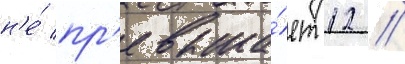
н'е́ пр'евыша́ет 12 //